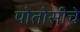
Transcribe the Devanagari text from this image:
पोतोसीचे